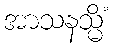
အာသနသ္မိံ